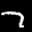
Label: 7